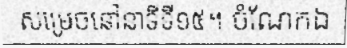
សម្រេចនៅនាទីទី១៥។ ចំណែកឯ